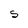
Character: S